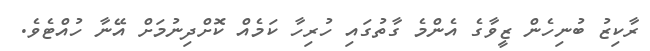
ރާކިޒު ބުނިހެން ޒީވާގެ އެންމެ ގާތުގައި ހުރިހާ ކަމެއް ކޮށްދިނުމަށް އޭނާ ހުއްޓެވެ.